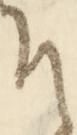
そ